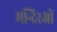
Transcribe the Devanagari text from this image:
मन्दिरओं